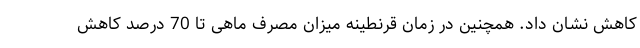
کاهش نشان داد. همچنین در زمان قرنطینه میزان مصرف ماهی تا 70 درصد کاهش